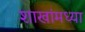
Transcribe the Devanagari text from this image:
शाखांमध्या